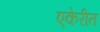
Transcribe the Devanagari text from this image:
एकेरीत